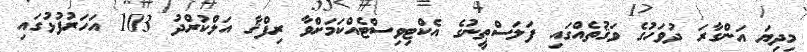
މިދިޔަ އަންގާރަ ދުވަހުގެ ވަޤުތެއްގައި ފަލަސްޠީނުގެ އެކްޓިވިސްޓެއްކަމަށްވާ ރިފްޤާ އަލްކުރްދު 103 އަހަރުފުޅުގައި